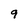
Character: 9